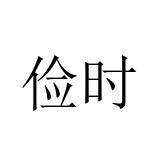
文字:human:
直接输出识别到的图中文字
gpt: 俭时